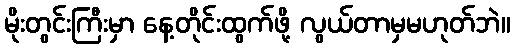
မိုးတွင်းကြီးမှာ နေ့တိုင်းထွက်ဖို့ လွယ်တာမှမဟုတ်ဘဲ။